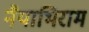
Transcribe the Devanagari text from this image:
नैयाभिराम